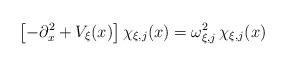
LaTeX: \begin{align*}\left[-\partial_x^2 + V_\xi(x)\right]\chi_{\xi,j}(x) = \omega_{\xi,j}^2\, \chi_{\xi,j}(x)\end{align*}